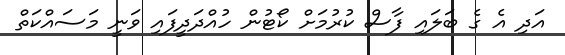
އަދި އެ ގެ ބަލައި ފާސް ކުރުމަށް ކޯޓުން ހުއްދަދީފައި ވަނީ މަސައްކަތް